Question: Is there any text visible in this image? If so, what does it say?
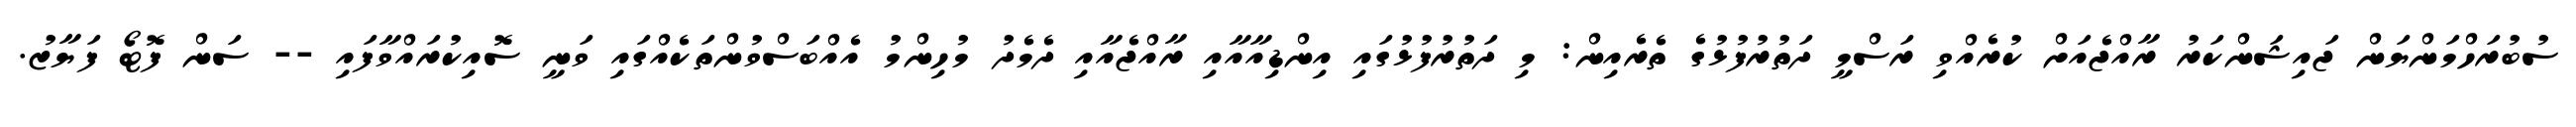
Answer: ސުބުރަހްމަންޔަން ޖައިޝަންކަރު ރާއްޖެއަށް ކުރެއްވި ރަސްމީ ދަތުރުފުޅުގެ ތެރެއިން: މި ދަތުރުފުޅުގައި އިންޑިއާއާއި ރާއްޖެއާއި ދެމެދު މުހިންމު އެއްބަސްވުންތަކެއްގައި ވަނީ ސޮއިކުރައްވާފައި -- ސަން ފޮޓޯ ފަޔާޒު.